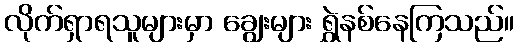
လိုက်ရှာရသူများမှာ ချွေးများ ရွှဲနစ်နေကြသည်။